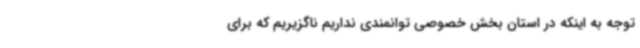
توجه به اینکه در استان بخش خصوصی توانمندی نداریم ناگزیریم که برای